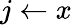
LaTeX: j\gets x